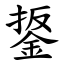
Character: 鋬